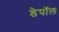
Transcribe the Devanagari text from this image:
डेपॉल